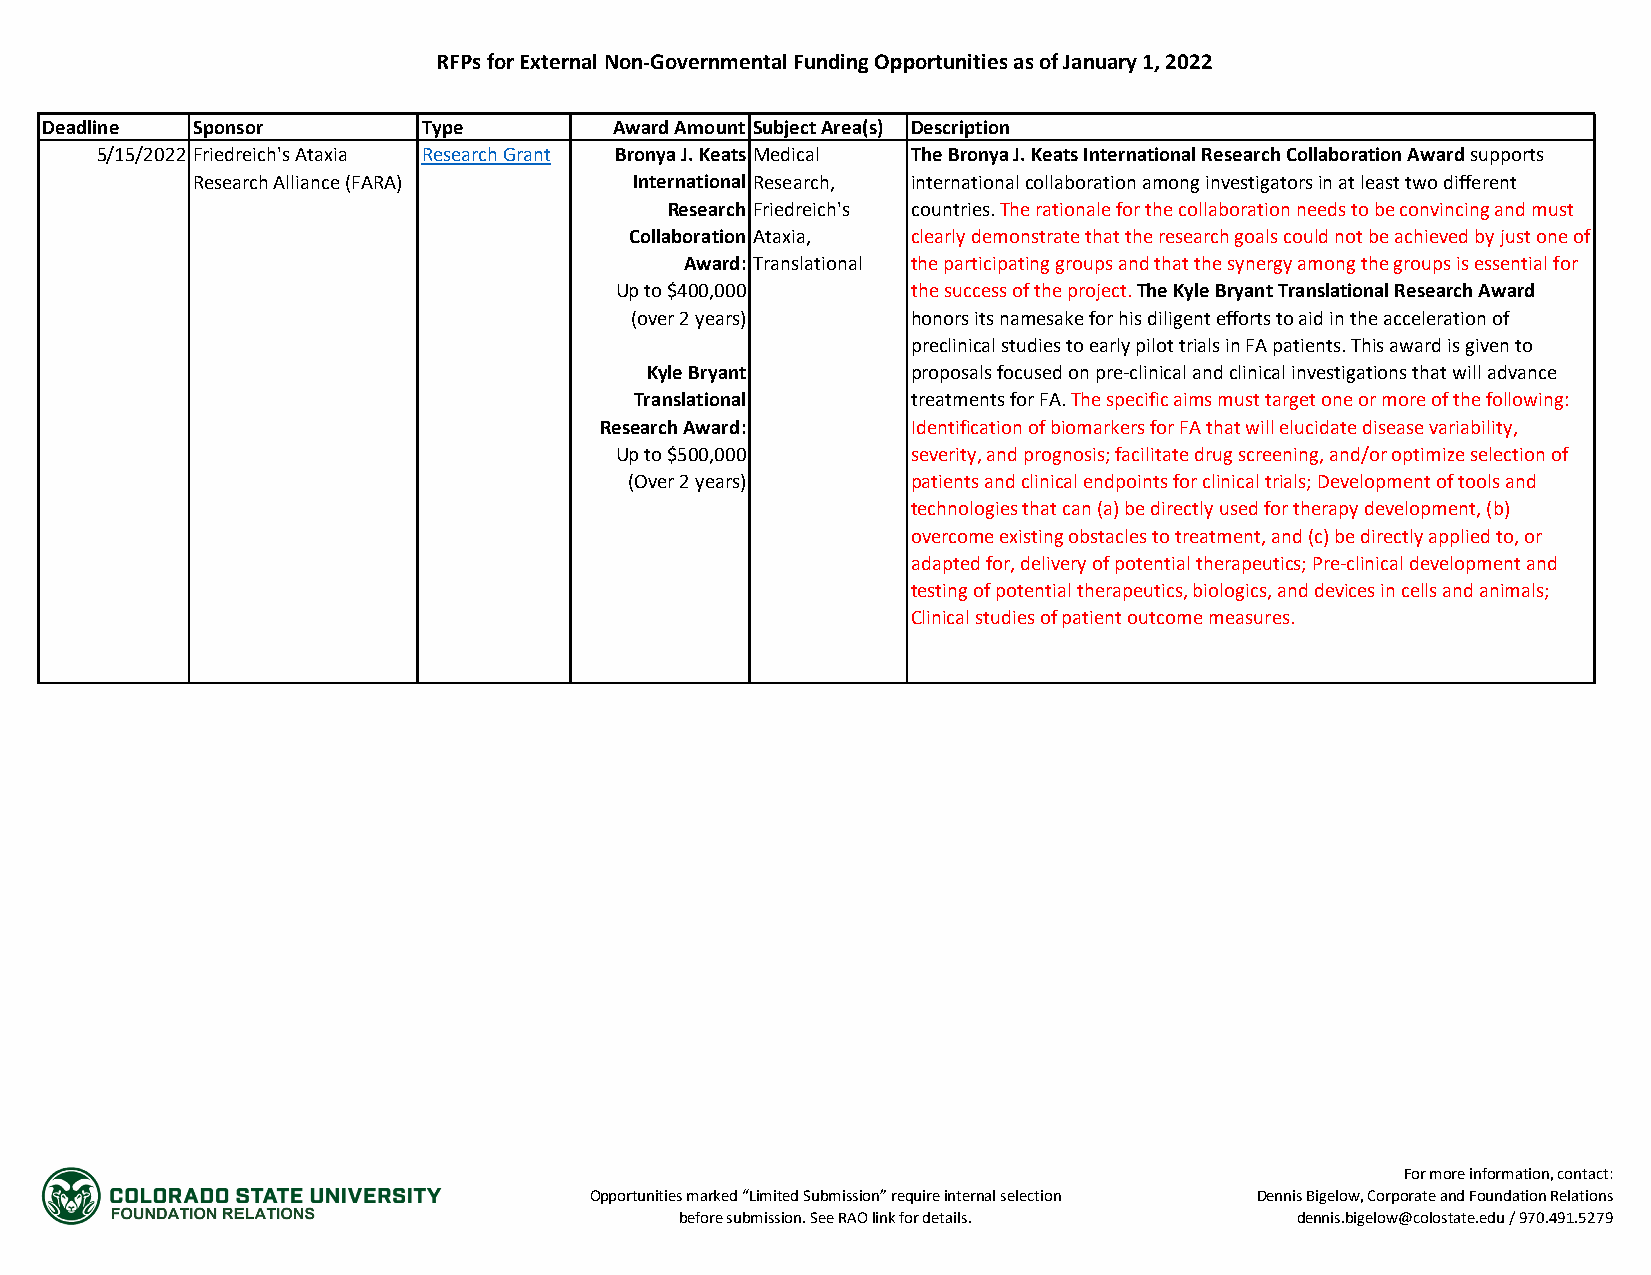
RFPs for External Non-Governmental Funding Opportunities as of January 1, 2022
 Deadline  Sponsor        Type         Award Amount Subject Area(s) Description
 5/15/2022 Friedreich's Ataxia Research Grant Bronya J. Keats Medical The Bronya J. Keats International Research Collaboration Award supports
 Research Alliance (FARA)     International Research, international collaboration among investigators in at least two different
 Research Friedreich's countries. The rationale for the collaboration needs to be convincing and must
 Collaboration Ataxia, clearly demonstrate that the research goals could not be achieved by just one of
 Award: Translational the participating groups and that the synergy among the groups is essential for
 Up to $400,000     the success of the project. The Kyle Bryant Translational Research Award
 (over 2 years)    honors its namesake for his diligent efforts to aid in the acceleration of
 preclinical studies to early pilot trials in FA patients. This award is given to
 Kyle Bryant      proposals focused on pre-clinical and clinical investigations that will advance
 Translational     treatments for FA. The specific aims must target one or more of the following:
 Research Award:     Identification of biomarkers for FA that will elucidate disease variability,
 Up to $500,000     severity, and prognosis; facilitate drug screening, and/or optimize selection of
 (Over 2 years)    patients and clinical endpoints for clinical trials; Development of tools and
 technologies that can (a) be directly used for therapy development, (b)
 overcome existing obstacles to treatment, and (c) be directly applied to, or
 adapted for, delivery of potential therapeutics; Pre-clinical development and
 testing of potential therapeutics, biologics, and devices in cells and animals;
 Clinical studies of patient outcome measures.
 For more information, contact:
 Opportunities marked “Limited Submission” require internal selection Dennis Bigelow, Corporate and Foundation Relations
 before submission. See RAO link for details. dennis.bigelow@colostate.edu / 970.491.5279